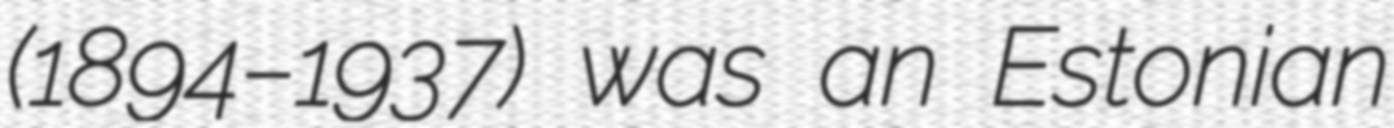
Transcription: (1894–1937) was an Estonian